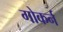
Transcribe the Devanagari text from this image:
गोकर्न